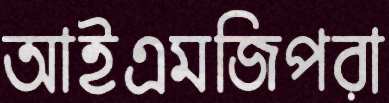
আইএমজিপরা